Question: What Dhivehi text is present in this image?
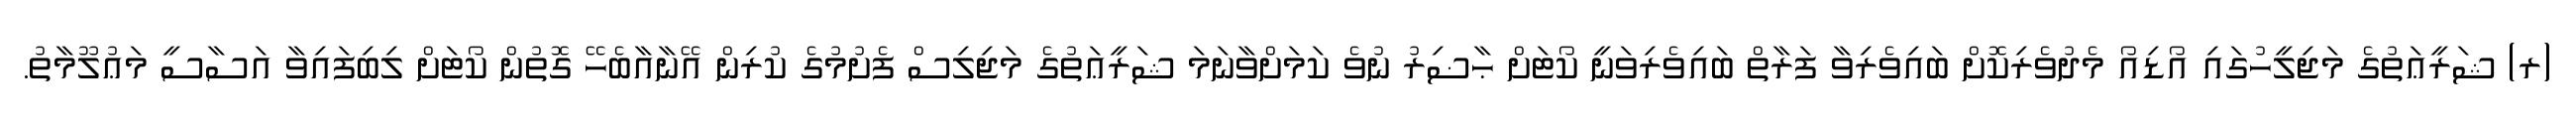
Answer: (ރ) ޝަރީޢަތުގެ މަޖިލީހުގައި އޯޑިއޯ މެދުވެރިކޮށް ބައިވެރިވާ ފަރާތް ބައިވެރިވަނީ ކޯޓަށް ޙާޟިރު ނުވެ ކަމަށްވާނަމަ ޝަރީޢަތުގެ މަޖިލިސް ފެށުމުގެ ކުރިން އޭނާއާބެހޭ ގޮތުން ކޯޓަށް ލިބިފައިވާ އަސާސީ މަޢުލޫމާތު.